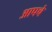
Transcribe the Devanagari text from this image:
आपचे